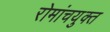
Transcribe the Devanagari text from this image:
रोमांचयुक्त